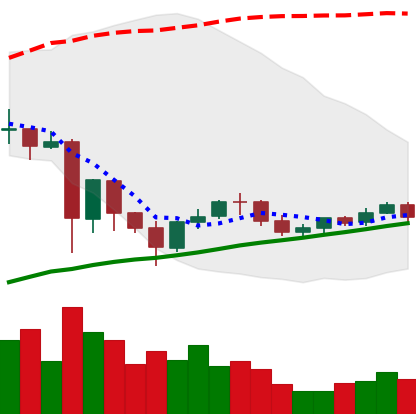
Ticker: NEO-USD
Chart end date: 2021-06-04
Forward return: -8.887%
Label: down_7plus